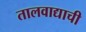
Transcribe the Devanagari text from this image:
तालवाद्याची